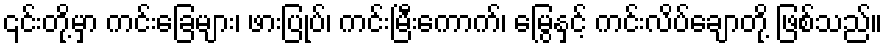
၎င်းတို့မှာ ကင်းခြေများ၊ ဖားပြုပ်၊ ကင်းမြီးကောက်၊ မြွေနှင့် ကင်းလိပ်ချောတို့ ဖြစ်သည်။